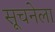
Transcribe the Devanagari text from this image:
सूचनेला